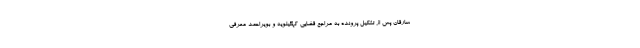
سارقان پس از تشکیل پرونده به مراجع قضایی کهگیلویه و بویراحمد معرفی